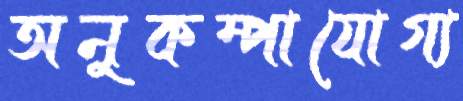
অনুকম্পাযোগ্য